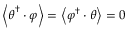
\left\langle \boldsymbol { \theta } ^ { \dagger } \cdot \boldsymbol { \varphi } \right\rangle = \left\langle \boldsymbol { \varphi } ^ { \dagger } \cdot \boldsymbol { \theta } \right\rangle = 0